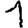
Digit: 1